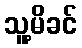
သူ့မိခင်